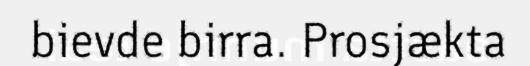
bievde birra. Prosjækta